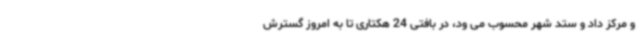
و مرکز داد و ستد شهر محسوب می ود، در بافتی 24 هکتاری تا به امروز گسترش